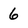
Character: 6